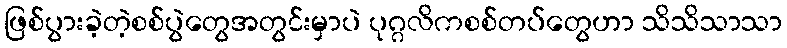
ဖြစ်ပွားခဲ့တဲ့စစ်ပွဲတွေအတွင်းမှာပဲ ပုဂ္ဂလိကစစ်တပ်တွေဟာ သိသိသာသာ